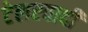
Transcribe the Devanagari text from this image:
टेलरवादी